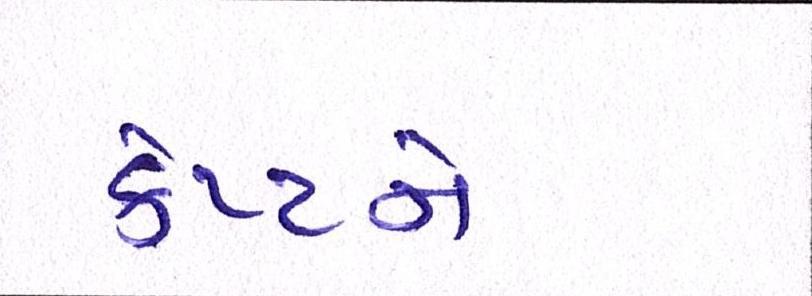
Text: કેપ્ટને